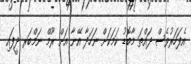
އެފަހަރުވެސް ދައްތަ މާބޮޑު ކަމަކަށް ނަހަދާ އޭނާ އަށް ރޫމް ނަމްބަރ ދީފައި